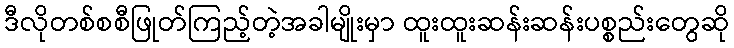
ဒီလိုတစ်စစီဖြုတ်ကြည့်တဲ့အခါမျိုးမှာ ထူးထူးဆန်းဆန်းပစ္စည်းတွေဆို